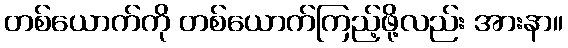
တစ်ယောက်ကို တစ်ယောက်ကြည့်ဖို့လည်း အားနာ။